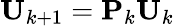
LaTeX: \mathbf{U}_{k+1}=\mathbf{P}_{k}\mathbf{U}_{k}